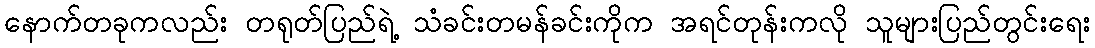
နောက်တခုကလည်း တရုတ်ပြည်ရဲ့ သံခင်းတမန်ခင်းကိုက အရင်တုန်းကလို သူများပြည်တွင်းရေး